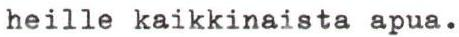
heille kaikkinaista apua.